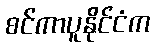
စင်ကာပူနိုင်ငံက